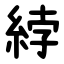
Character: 綍